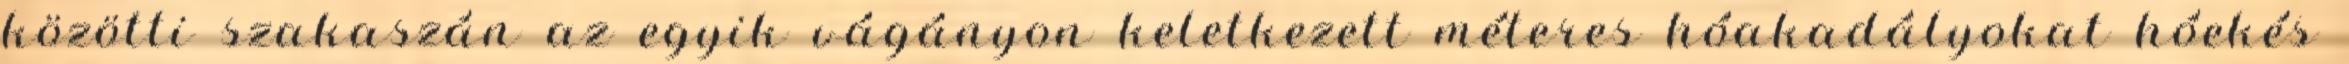
közötti szakaszán az egyik vágányon keletkezett méteres hóakadályokat hóekés